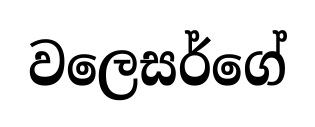
වලෙසර්ගේ